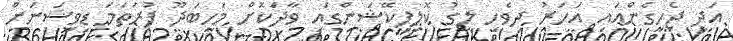
އަދި ޖެހިގެންއައި އަހަރު ދިވެހި ލީގު ކޮލިފިކޭޝަންގައި ވާދަކޮށް މަހިބަދޫ ފުރަތަމަ ޑިިވިޝަނަށް